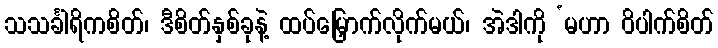
သသင်္ခါရိကစိတ်၊ ဒီစိတ်နှစ်ခုနဲ့ ထပ်မြှောက်လိုက်မယ်၊ အဲဒါကို ‘မဟာ ဝိပါက်စိတ်